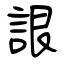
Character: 詪